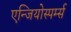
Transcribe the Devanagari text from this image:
एन्जियोस्पर्म्स